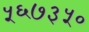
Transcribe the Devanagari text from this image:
५६७३५०